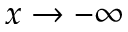
x \rightarrow - \infty